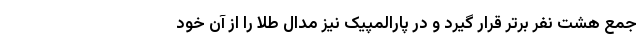
جمع هشت نفر برتر قرار گیرد و در پارالمپیک نیز مدال طلا را از آن خود